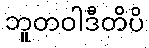
ဘူတဝါဒီတိပိ